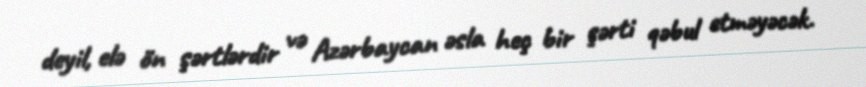
deyil, elə ön şərtlərdir və Azərbaycan əsla heç bir şərti qəbul etməyəcək.